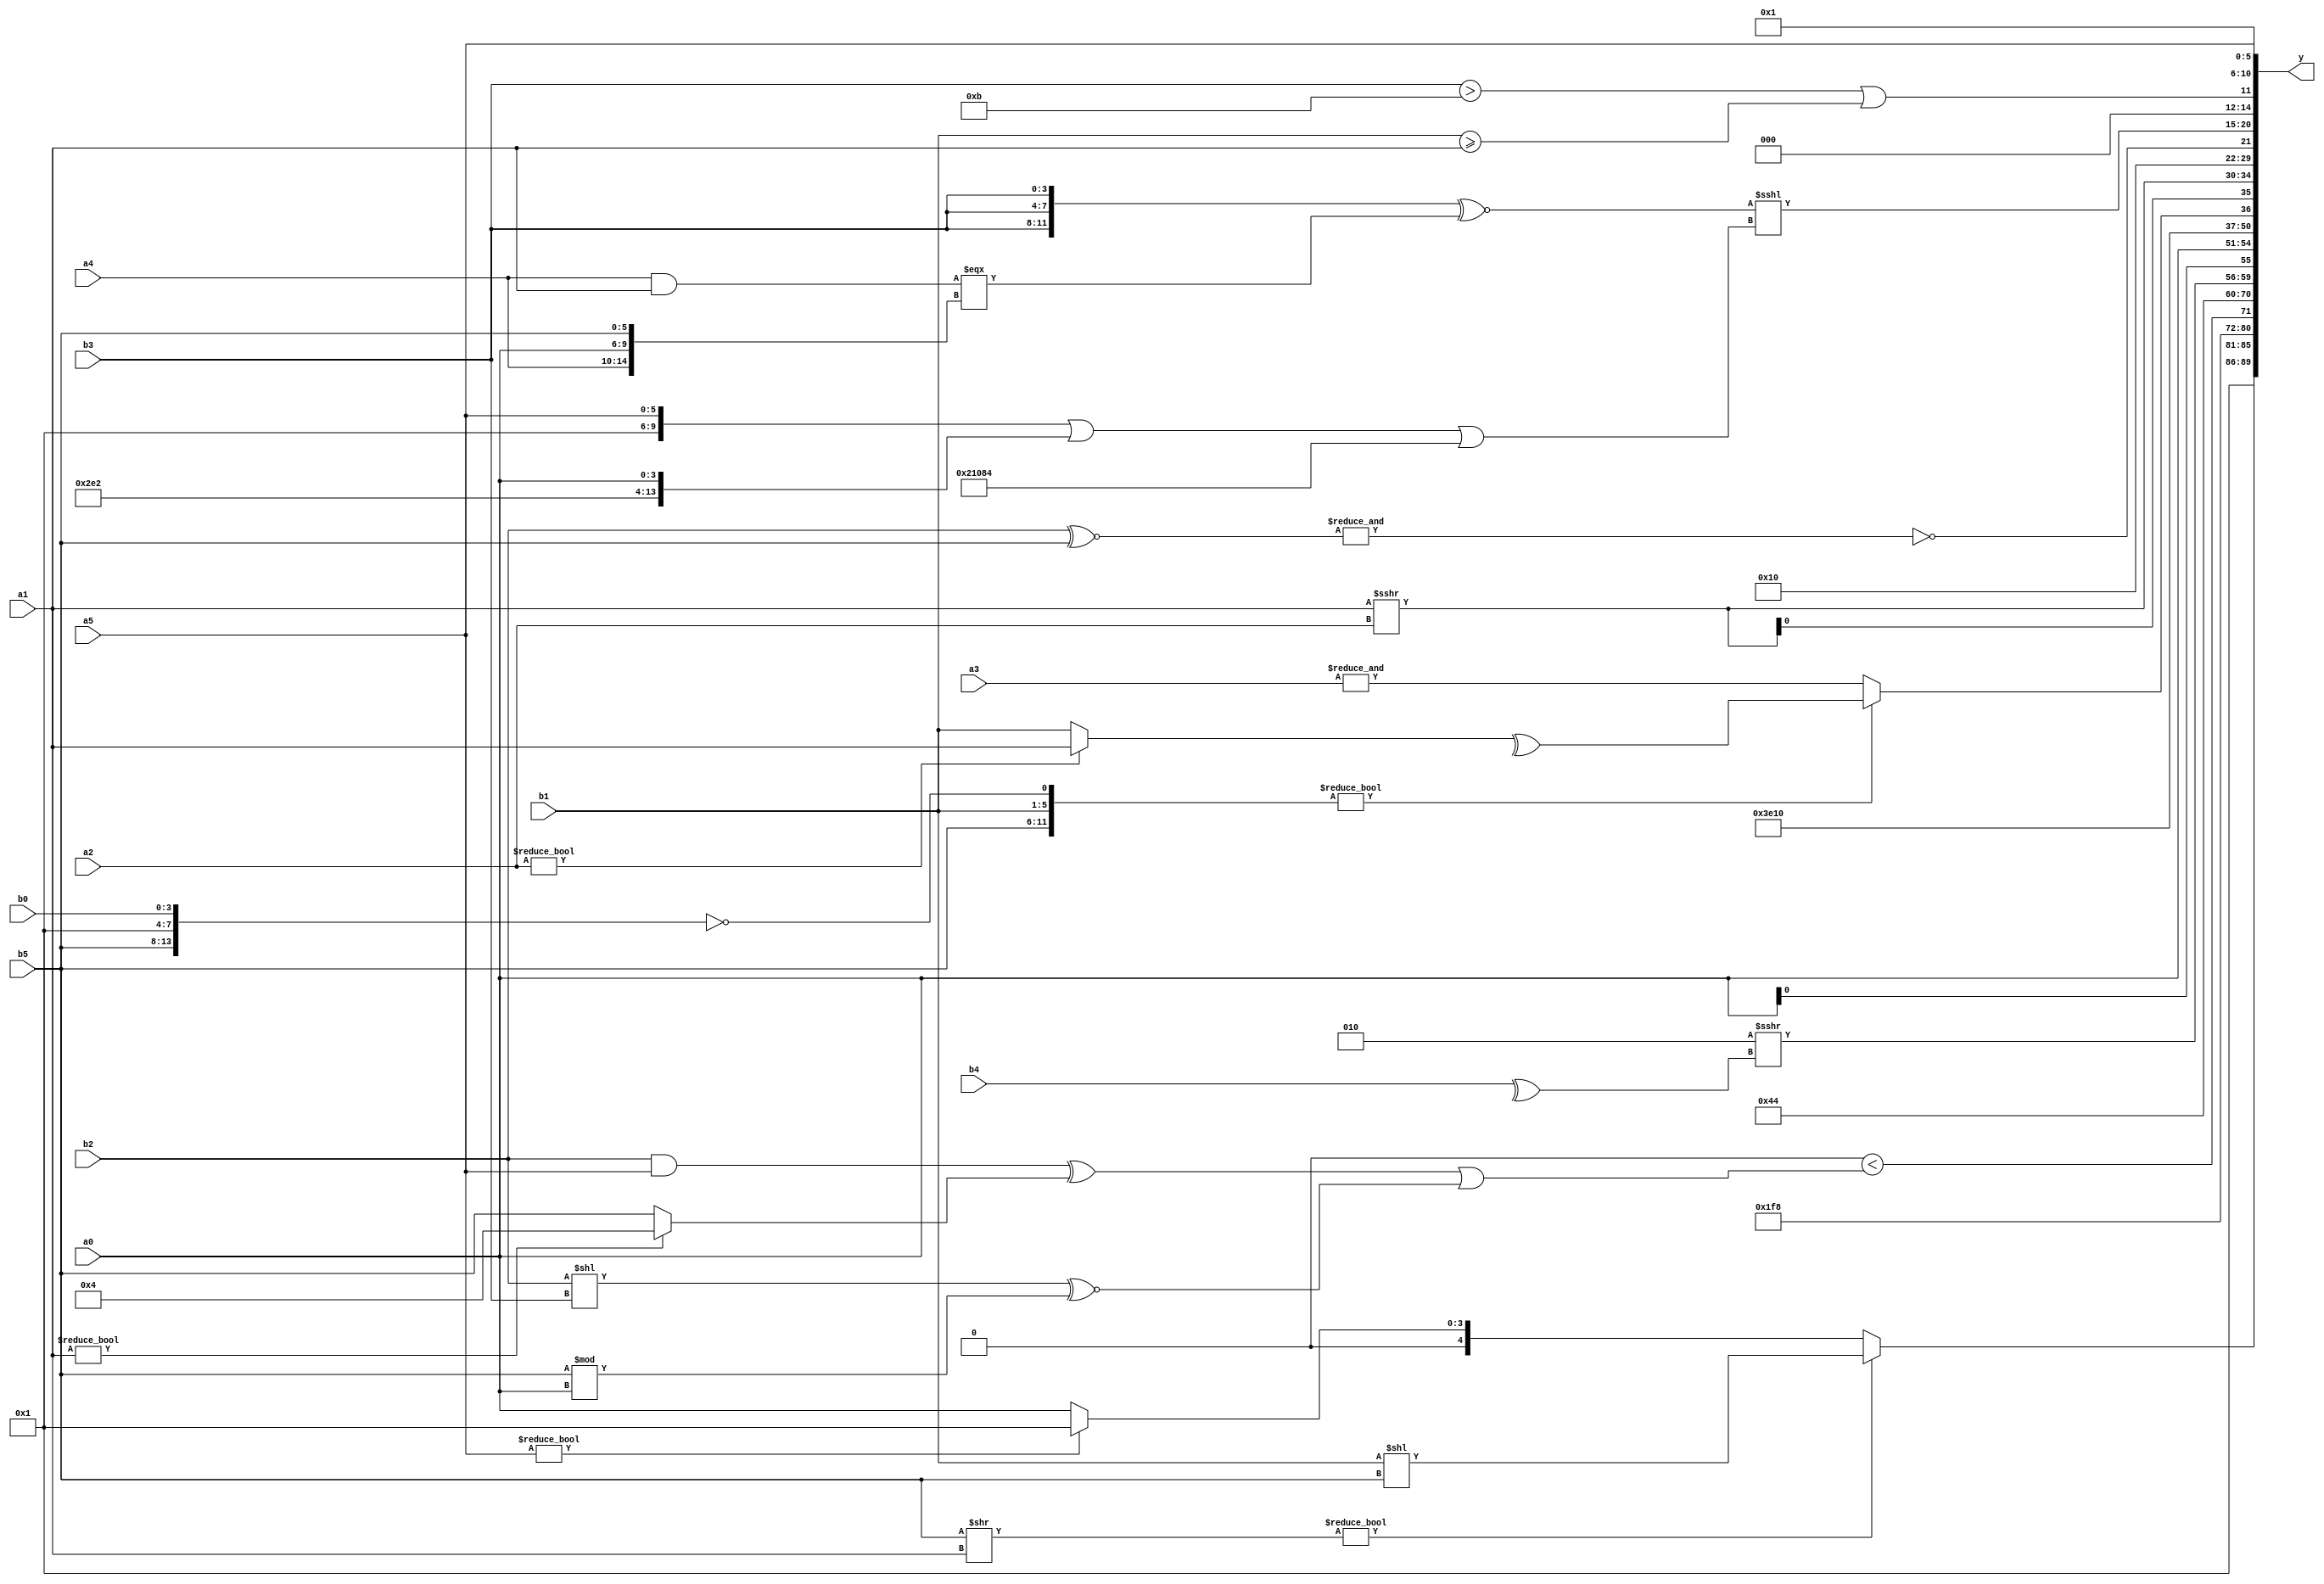
module expression_00533(a0, a1, a2, a3, a4, a5, b0, b1, b2, b3, b4, b5, y);
  input [3:0] a0;
  input [4:0] a1;
  input [5:0] a2;
  input signed [3:0] a3;
  input signed [4:0] a4;
  input signed [5:0] a5;

  input [3:0] b0;
  input [4:0] b1;
  input [5:0] b2;
  input signed [3:0] b3;
  input signed [4:0] b4;
  input signed [5:0] b5;

  wire [3:0] y0;
  wire [4:0] y1;
  wire [5:0] y2;
  wire signed [3:0] y3;
  wire signed [4:0] y4;
  wire signed [5:0] y5;
  wire [3:0] y6;
  wire [4:0] y7;
  wire [5:0] y8;
  wire signed [3:0] y9;
  wire signed [4:0] y10;
  wire signed [5:0] y11;
  wire [3:0] y12;
  wire [4:0] y13;
  wire [5:0] y14;
  wire signed [3:0] y15;
  wire signed [4:0] y16;
  wire signed [5:0] y17;

  output [89:0] y;
  assign y = {y0,y1,y2,y3,y4,y5,y6,y7,y8,y9,y10,y11,y12,y13,y14,y15,y16,y17};

  localparam [3:0] p0 = (2'd1);
  localparam [4:0] p1 = {4{{2{(4'sd2)}}}};
  localparam [5:0] p2 = ((5'd10)>=(-5'sd3));
  localparam signed [3:0] p3 = (~&((6'd2 * (4'd9))<<(-((2'd3)?(3'd6):(3'd3)))));
  localparam signed [4:0] p4 = {1{(((2'd2)?(-5'sd11):(4'd9))?{4{(5'sd4)}}:{4{(5'd16)}})}};
  localparam signed [5:0] p5 = ((+(5'd8))^(~|(-3'sd0)));
  localparam [3:0] p6 = ({((&{(4'd4),(5'd1)})===(&((-5'sd0)^(3'd1))))}<={(3'd5),((2'sd0)<=(4'sd2))});
  localparam [4:0] p7 = (-(~&(((~&(4'd3))!=((-2'sd0)||(3'd4)))<((~&(3'd4))===(|(3'd4))))));
  localparam [5:0] p8 = (3'd2);
  localparam signed [3:0] p9 = {4{(-4'sd4)}};
  localparam signed [4:0] p10 = {{(!{(3'd5)}),(&(&{{(2'sd0),(5'd11),(4'd1)}})),(~(+{(-3'sd0),(4'sd4),(5'd27)}))}};
  localparam signed [5:0] p11 = (((5'd5)-(|(5'd6)))^~((+(5'd0))!==((3'd2)&(2'd0))));
  localparam [3:0] p12 = (|(3'd6));
  localparam [4:0] p13 = {4{(4'sd7)}};
  localparam [5:0] p14 = {(-5'sd2),(-3'sd3),(2'd0)};
  localparam signed [3:0] p15 = (~&{1{{4{(5'd18)}}}});
  localparam signed [4:0] p16 = ({(6'd2 * (5'd6)),{4{(4'd6)}}}===(((2'sd1)==(4'd1))=={4{(2'd0)}}));
  localparam signed [5:0] p17 = (!(3'd6));

  assign y0 = (!{3{(2'sd0)}});
  assign y1 = (((b5>>a1)?(b1<<b5):(a5?p0:a0))>>>((5'sd15)<=(-5'sd12)));
  assign y2 = ($signed(($unsigned((|{(p4==p1),(~|{p13,a5,p12})}))^~($unsigned({p10,b3,b5})>>>{{p14},{p9,p5,p4}}))));
  assign y3 = ((5'd2 * (b2!==b2))<(((b2&a5)^(a1?p4:b5))|((b2<<b3)^~(b5%a0))));
  assign y4 = (~&{(+p12),(!p2)});
  assign y5 = (((p3?p15:p17)?{p6,p12}:(p12?p4:p4))?({4{p10}}?{4{p10}}:{p5}):{4{p16}});
  assign y6 = {4{($signed(p8)>>>(^b4))}};
  assign y7 = {4{(a4?a0:a0)}};
  assign y8 = (~(((^{1{(|(p16^p3))}})>=((2'd2)!==(b2>>>a2)))!=(((2'd2)<{p16,p5})^~(5'd22))));
  assign y9 = {1{((2'd3)&&(-3'sd2))}};
  assign y10 = ({{b5,b1},(!{b5,p0,b0})}?{$unsigned((^(a2?a1:b1)))}:$signed((~^(~$unsigned((-(&a3)))))));
  assign y11 = {{3{(a1>>>a2)}}};
  assign y12 = (!$unsigned((&$signed((-4'sd0)))));
  assign y13 = (~^(~(~&(b2^~b5))));
  assign y14 = (({3{b3}}^~((a4&&a1)==={a4,a0,b5}))<<<(({p3,a5}||{p13,p1,a0})||{4{p10}}));
  assign y15 = ((b3>p11)||(b1>=a1));
  assign y16 = (~&(p11>>>p1));
  assign y17 = {b5,a5};
endmodule